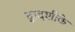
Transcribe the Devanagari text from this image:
द्वादशीके